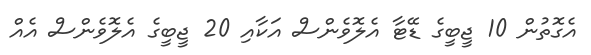
އެގޮތުން 10 ޖީބީގެ ޑޭޓާ އެލޮވެންސް އަކާއި 20 ޖީބީގެ އެލޮވެންސް އެއް